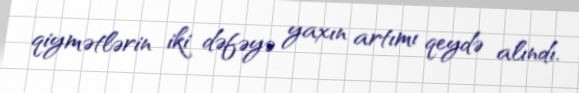
qiymətlərin iki dəfəyə yaxın artımı qeydə alındı.